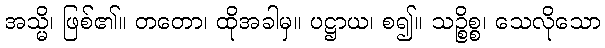
အသ္မိ၊ ဖြစ်၏။ တတော၊ ထိုအခါမှ။ ပဋ္ဌာယ၊ စ၍။ သဉ္စိစ္စ၊ သေလိုသော